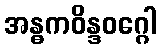
အန္ဓကဝိန္ဒဝဂ္ဂေါ